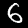
Digit: 6